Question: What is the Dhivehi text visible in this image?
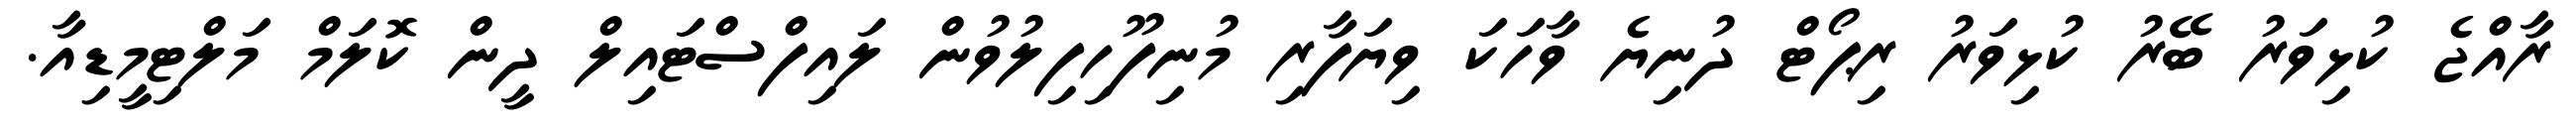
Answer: ރާއްޖެ ކުޅިވަރު ބޭރު ކުޅިވަރު ރިޕޯޓް ދުނިޔެ ވާހަކަ ވިޔަފާރި މުނިފޫހިފިލުވުން ލައިފްސްޓައިލް ދީން ކޮލަމް މަލްޓިމީޑިއާ.